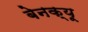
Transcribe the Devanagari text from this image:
बेनक्यू